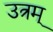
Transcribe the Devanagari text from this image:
उत्रम्